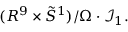
( R ^ { 9 } \times \tilde { S } ^ { 1 } ) / \Omega \cdot { \mathcal I } _ { 1 } .